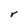
Character: r